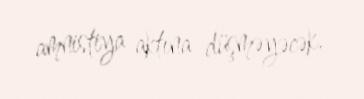
amnistiya aktına düşməyəcək.